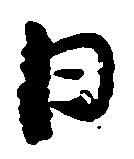
日